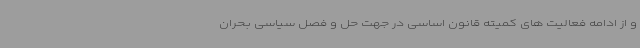
و از ادامه فعالیت های کمیته قانون اساسی در جهت حل و فصل سیاسی بحران